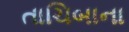
તાચિબાના